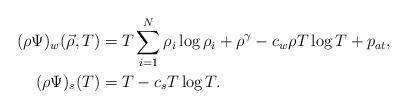
LaTeX: \begin{align*}(\rho\Psi)_w(\vec\rho,T) &= T\sum_{i=1}^N\rho_i\log\rho_i + \rho^\gamma - c_w\rho T\log T + p_{at},\\(\rho\Psi)_s(T) &= T -c_s T\log T .\end{align*}